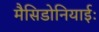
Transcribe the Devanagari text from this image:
मैसिडोनियाईः